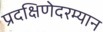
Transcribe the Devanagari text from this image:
प्रदक्षिणेदरम्यान